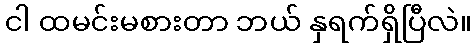
ငါ ထမင်းမစားတာ ဘယ် နှရက်ရှိပြီလဲ။